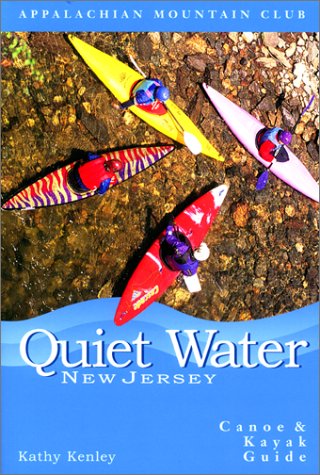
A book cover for Quiet Water New Jersey:Canoe & Kayak Guide: AMC Quiet Water Guide; Kathy Kenley; Travel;